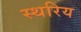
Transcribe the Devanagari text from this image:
स्थरिय